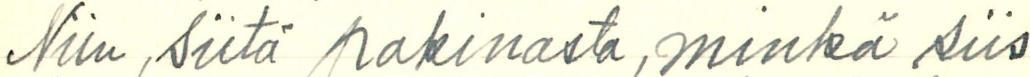
Niin, siitä pakinasta, minkä siis